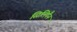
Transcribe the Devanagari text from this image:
सिलिपैन